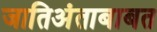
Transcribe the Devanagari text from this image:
जातिअंताबाबत